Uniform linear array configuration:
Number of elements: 12
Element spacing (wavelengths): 1
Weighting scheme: uniform
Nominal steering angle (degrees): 15
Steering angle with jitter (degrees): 15.076
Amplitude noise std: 0.05
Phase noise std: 0.05

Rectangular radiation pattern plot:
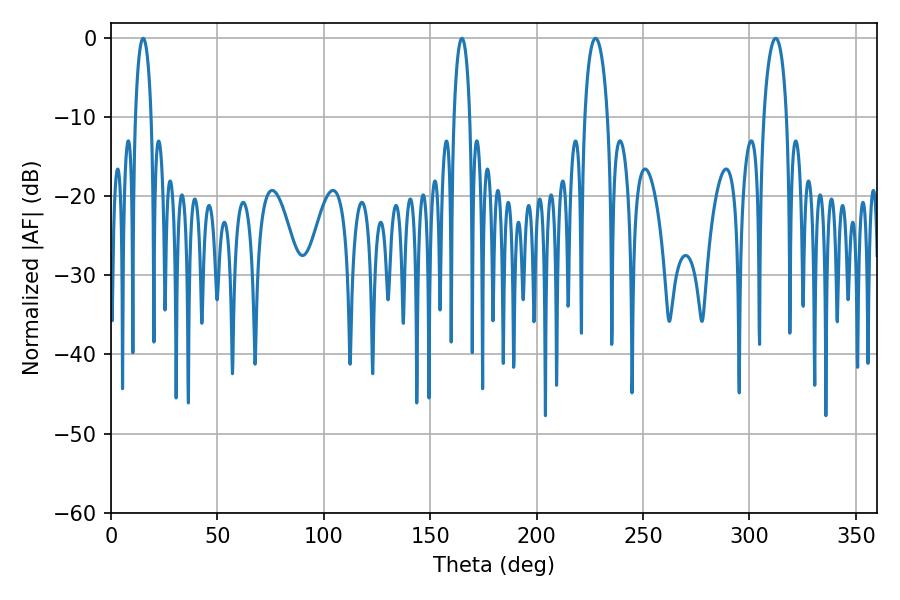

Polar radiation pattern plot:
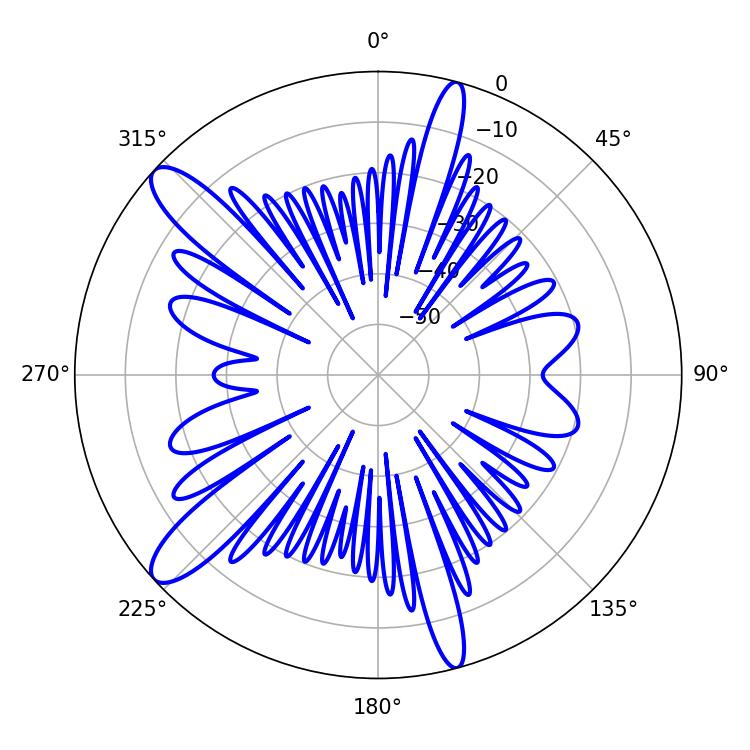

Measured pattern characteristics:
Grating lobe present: TRUE
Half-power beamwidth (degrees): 4.32
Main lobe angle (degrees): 15.12